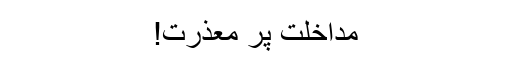
مداخلت پر معذرت!